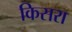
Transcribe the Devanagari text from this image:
किसरा